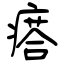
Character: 瘩